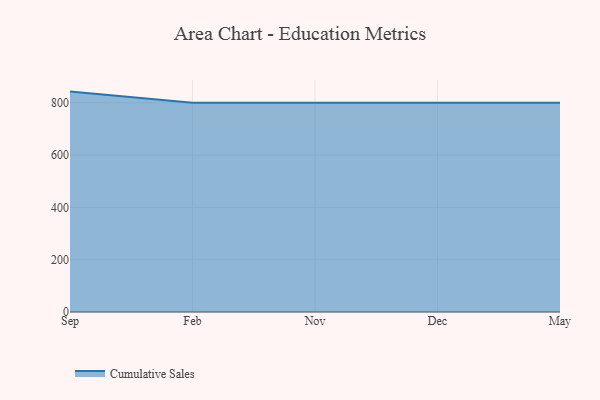
{"axis": {"x": "Month", "y": "Net Income (USD K)"}, "legend": ["Cumulative Sales"], "data": [{"x": "Sep", "y": 842.6, "type": "Cumulative Sales"}, {"x": "Feb", "y": 800, "type": "Cumulative Sales"}, {"x": "Nov", "y": 800, "type": "Cumulative Sales"}, {"x": "Dec", "y": 800, "type": "Cumulative Sales"}, {"x": "May", "y": 800, "type": "Cumulative Sales"}]}